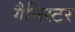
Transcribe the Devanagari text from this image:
गैनिस्टर